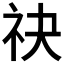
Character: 𬒮